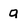
Character: g